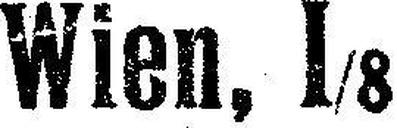
Wien, I/8